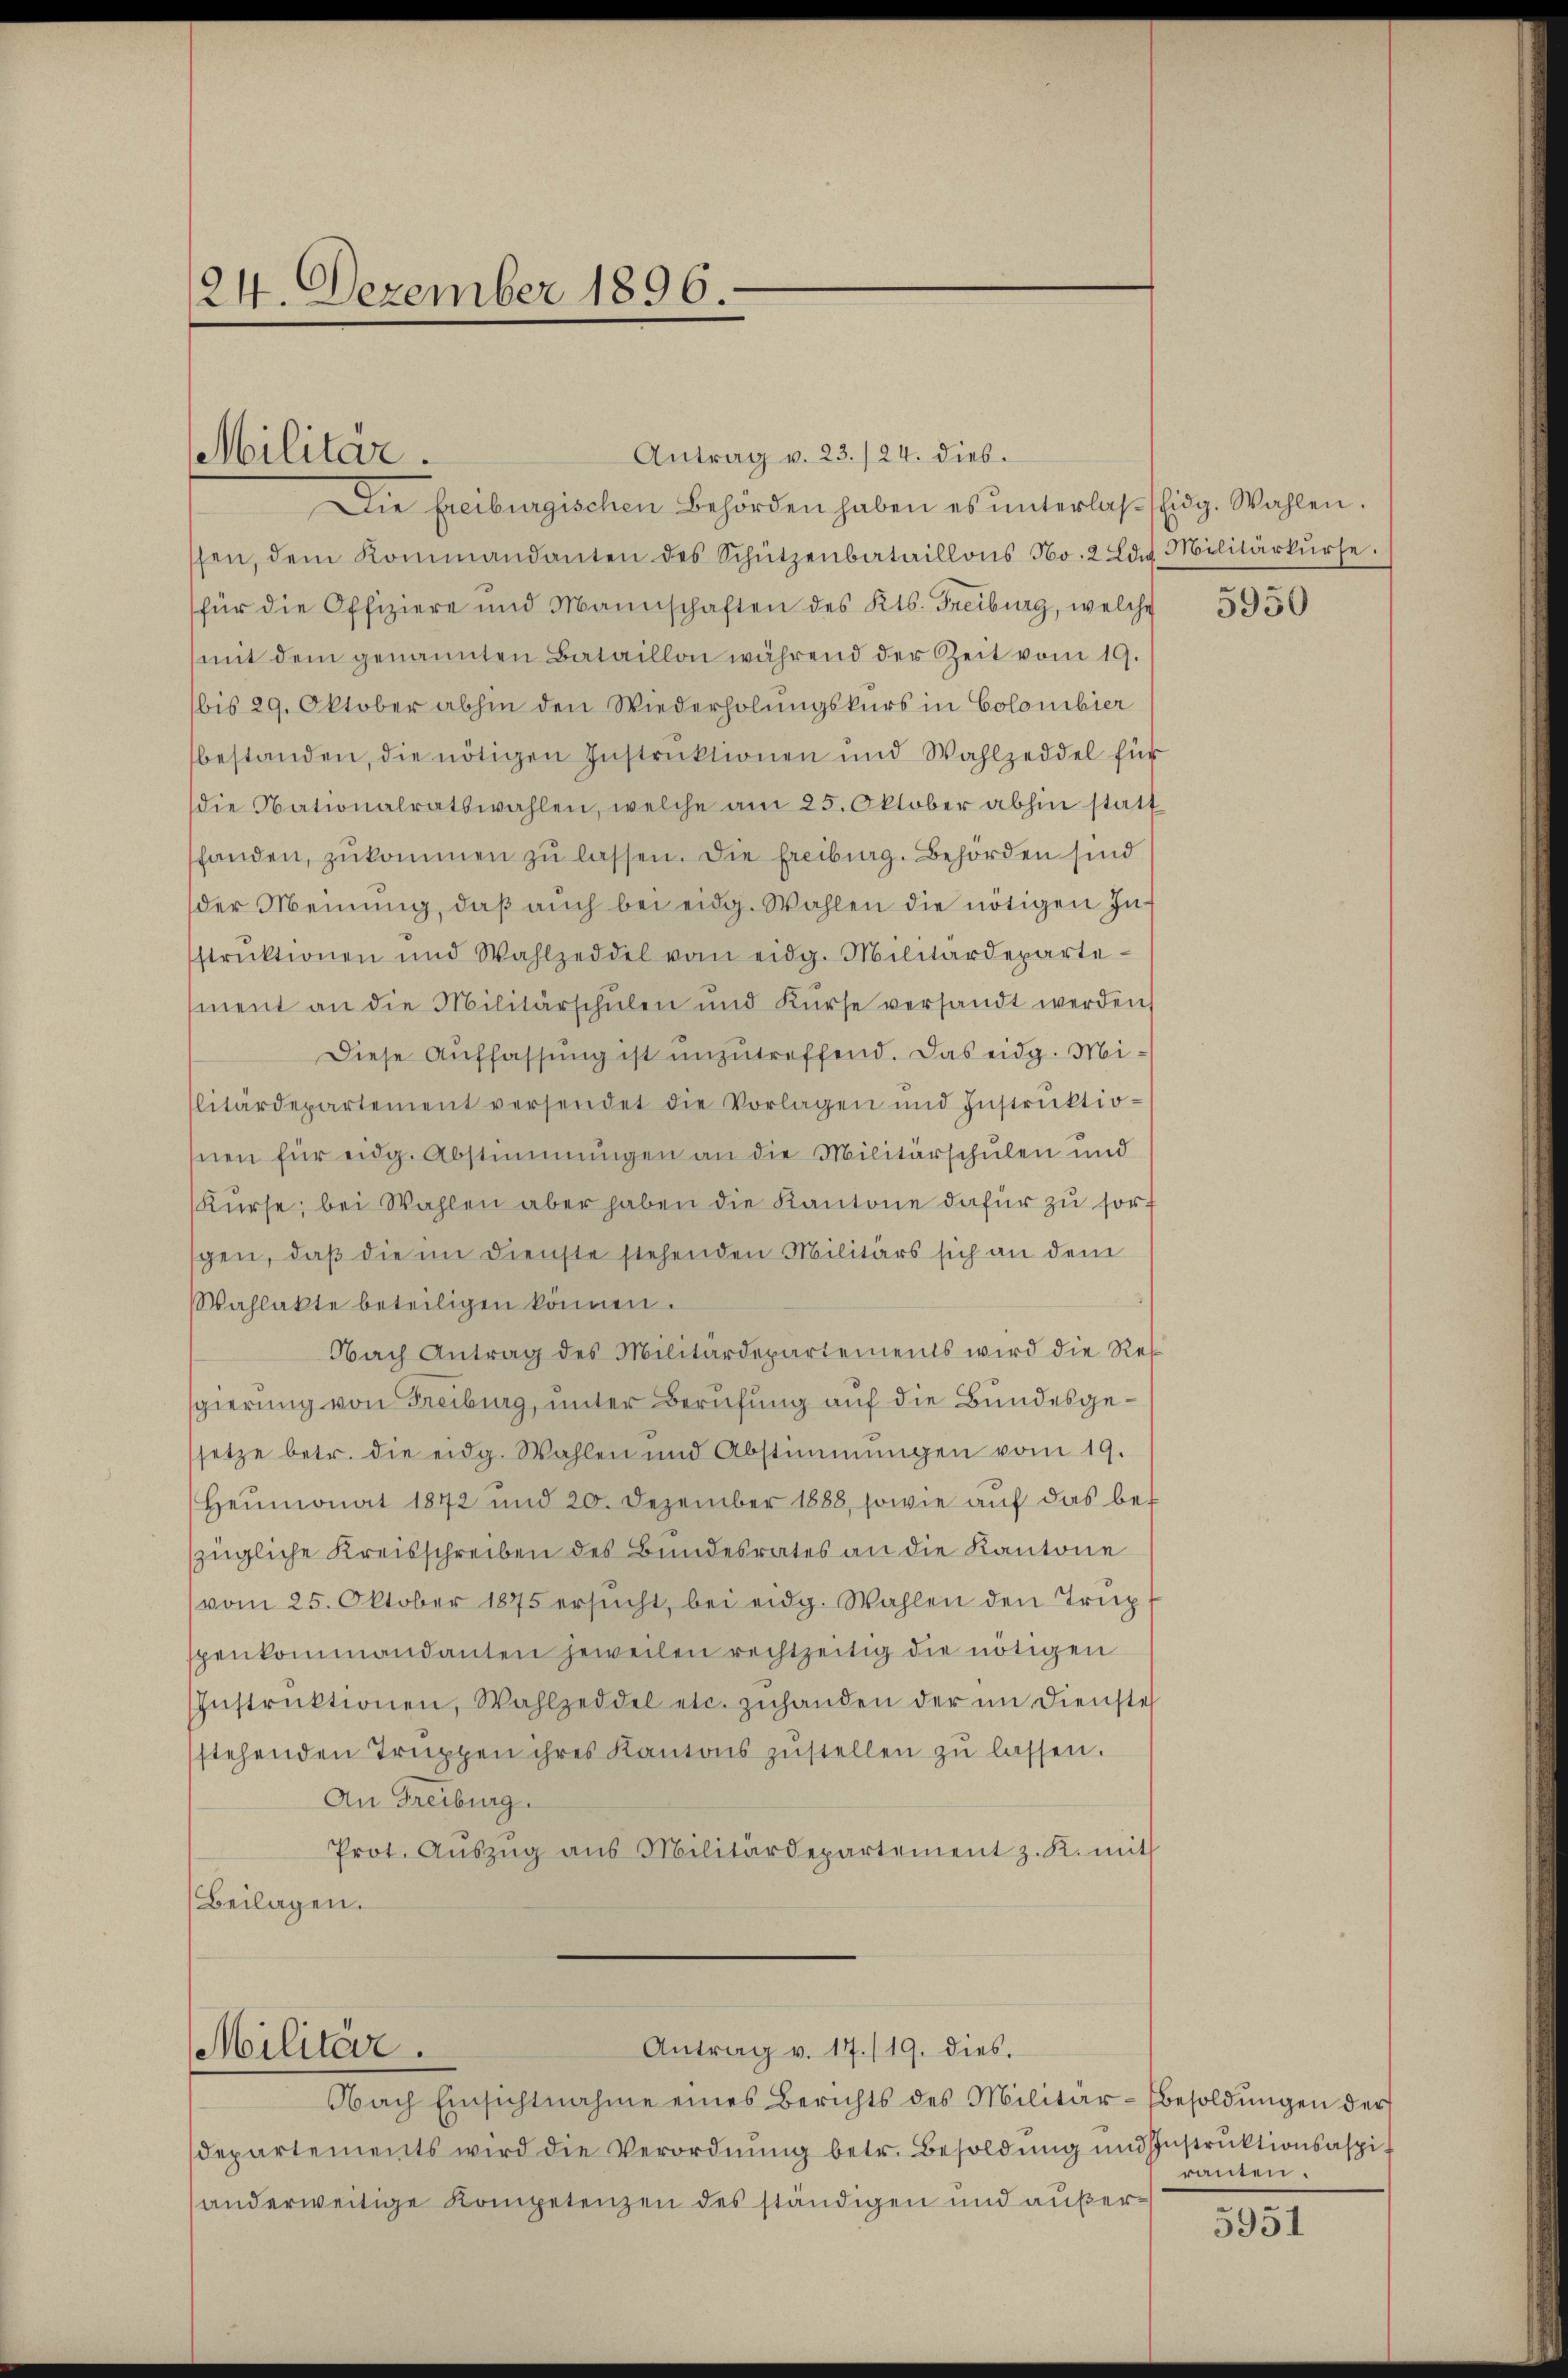
24. Dezember 1896.

Die freiburgischen Behörden haben es ŭnterlasscidg. Wahlen.
ssen, dem Kommandanten des Schützenbataillons No. 2 Ldet. Militärkŭrse.
für die Offiziere und Mannschaften des Kts. Freiburg, welche
mit dem genannten Bataillon während der Zeit vom 19.
bis 29. Oktober abhin den Wiederholungskurs in Colomibier
bestanden, die nötigen Instruktionen und Wahlzeddel für
die Nationalratswahlen, welche am 25. Oktober abhin statt
shanden, zŭkommen zŭ lassen. Die Freiburg. Behörden sind
der Meinŭng, daβ aŭch bei eidg. Wahlen die nötigen In-
struktionen und Wahlzeddel vom eidg. Militärdeparte-
ment an die Militärschŭlen und Kŭrse versandt werden,
Diese Auffassung ist unzutreffend. Das eidg. Militärdepartement versendet die Vorlagen und Instrŭktio-
hnen für eidg. Abstimmungen an die Militärschulen und
Kŭrse, bei Wahlen aber haben die Kantone dafür zu sort
gen, daß die im Dienste stehenden Militärs sich an dem
Wahlakte beteiligen können.
Nach Antrag des Militärdepartements wird die Ressgierung von Freiburg, unter Berufung auf die Bundesgesetze betr. die eidg. Wahlen und Abstimmungen vom 19.
Heumonat 1872 und 20. Dezember 1888, sowie aŭf das bezügliche Kreisschreiben des Bundesrates an die Kantone
vom 25. Oktober 1875 ersŭcht, bei eidg. Wahlen den Trupspenkommandanten jeweilen rechtzeitig die nötigen
Instrŭktionen, Wahlzeddel etc. zŭhanden der im Dienste
stehenden Truppen ihres Kantons zŭstellen zŭ lassen.
An Freiburg.
Prot. Aŭszŭg ans Militärdepartement z. K. mit
Beilagen.

Militar.

Militär.

Antrag v. 23./24. dies.

Nach Einsichtnahme eines Berichts des Militär-Besoldungen der
departements wird die Verordnŭng betr. Besoldŭng und Instrŭktionsspit
anderweitige Kompetenzen des ständigen und außer¬

Antrag v. 17./19. dies.

5950

ranten.

5951